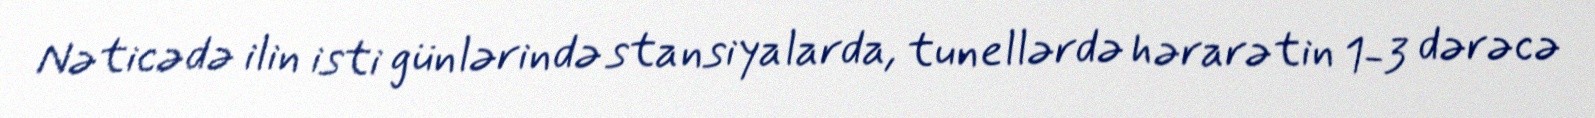
Nəticədə ilin isti günlərində stansiyalarda, tunellərdə hərarətin 1-3 dərəcə